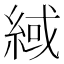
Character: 緎